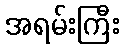
အရမ်းကြီး